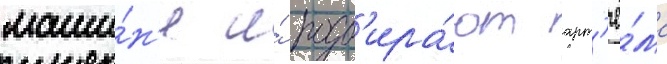
маши́н'е и́ подб'ира́ют арт'ё́ма